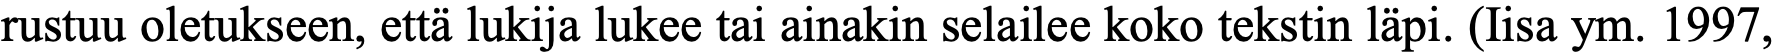
rustuu oletukseen, että lukija lukee tai ainakin selailee koko tekstin läpi. (Iisa ym. 1997,